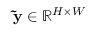
\mathbf { \tilde { y } } \in \mathbb { R } ^ { H \times W }